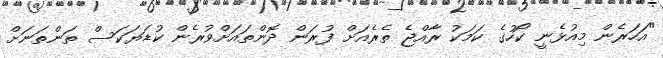
"އަހަރެން މިއުޅެނީ ކޯހުގެ ކަމަކު ރާއްޖެ ތެރެއަށް ފުރަން ދޮންތައަށްވުރެން ކުޑަޔަކަސް ތަންތަނަށް